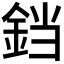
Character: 𫟰